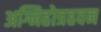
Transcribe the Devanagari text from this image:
अग्निहोत्रहवन